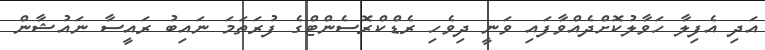
އަދި އެފިލާ ހަވާލުކޮށްދެއްވާފައި ވަނީ ދިވެހި ރެޑްކްރޮސެންޓްގެ ފުރަތަމަ ނައިބު ރައީސާ ނައުޝާން